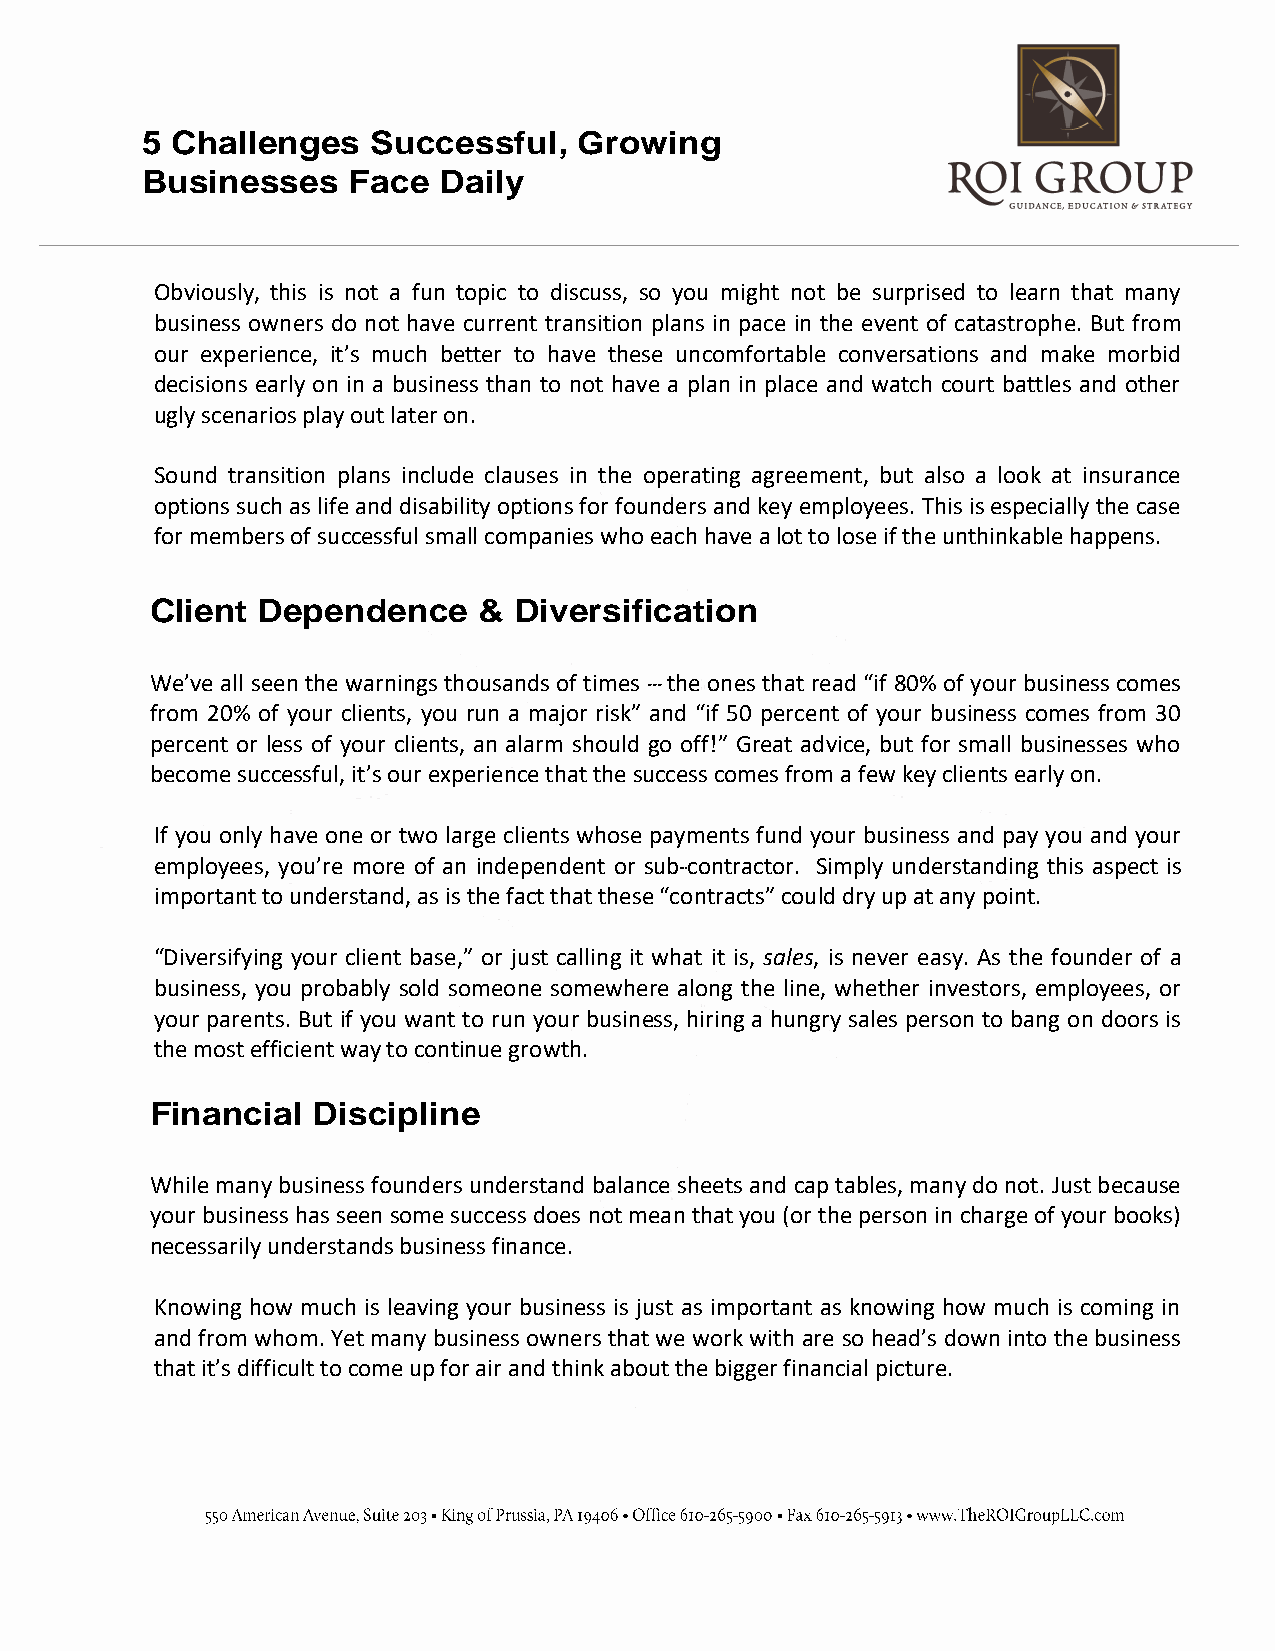
5 Challenges    Successful,  Growing
 Businesses    Face  Daily
 Obviously, this is not a fun topic to discuss, so you might not be surprised to learn that many
 business owners do not have current transition plans in pace in the event of catastrophe. But from
 our experience, it’s much better to have these uncomfortable conversations and make morbid
 decisions early on in a business than to not have a plan in place and watch court battles and other
 ugly scenarios play out later on.
 Sound transition plans include clauses in the operating agreement, but also a look at insurance
 options such as life and disability options for founders and key employees. This is especially the case
 for members of successful small companies who each have a lot to lose if the unthinkable happens.
 Client Dependence     & Diversification
 We’ve all seen the warnings thousands of times -­­ the ones that read “if 80% of your business comes
 from 20% of your clients, you run a major risk” and “if 50 percent of your business comes from 30
 percent or less of your clients, an alarm should go off!” Great advice, but for small businesses who
 become successful, it’s our experience that the success comes from a few key clients early on.
 If you only have one or two large clients whose payments fund your business and pay you and your
 employees, you’re more of an independent or sub-­­contractor. Simply understanding this aspect is
 important to understand, as is the fact that these “contracts” could dry up at any point.
 “Diversifying your client base,” or just calling it what it is, sales, is never easy. As the founder of a
 business, you probably sold someone somewhere along the line, whether investors, employees, or
 your parents. But if you want to run your business, hiring a hungry sales person to bang on doors is
 the most efficient way to continue growth.
 Financial  Discipline
 While many business founders understand balance sheets and cap tables, many do not. Just because
 your business has seen some success does not mean that you (or the person in charge of your books)
 necessarily understands business finance.
 Knowing how much is leaving your business is just as important as knowing how much is coming in
 and from whom. Yet many business owners that we work with are so head’s down into the business
 that it’s difficult to come up for air and think about the bigger financial picture.